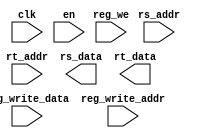
module register_file(
    input clk,
    input en,
    input [31:0] reg_write_data,
    input [4:0] reg_write_addr,
    input reg_we,
    input [4:0] rs_addr,
    input [4:0] rt_addr,

    output wire [31:0] rs_data,
    output wire [31:0] rt_data
);

endmodule